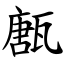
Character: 㼺